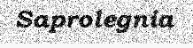
Saprolegnia